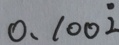
0 . 1 0 0 \dot { 2 }